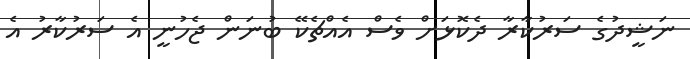
ނަޝީދުގެ ސަރުކާރާ ދެކޮޅަށް ވެސް އެއްޗެކޭ ބުނަން ޖެހުނީ އެ ސަރުކާރު އެ